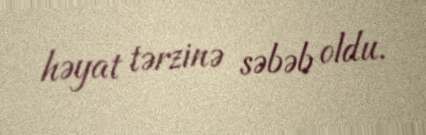
həyat tərzinə səbəb oldu.